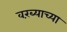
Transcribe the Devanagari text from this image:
वरंब्याच्या